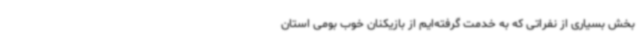
بخش بسیاری از نفراتی که به خدمت گرفته‌ایم از بازیکنان خوب بومی استان